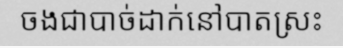
ចងជាបាច់ដាក់នៅបាតស្រះ